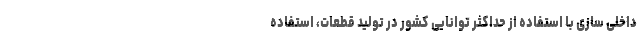
داخلی سازی با استفاده از حداکثر توانایی کشور در تولید قطعات، استفاده